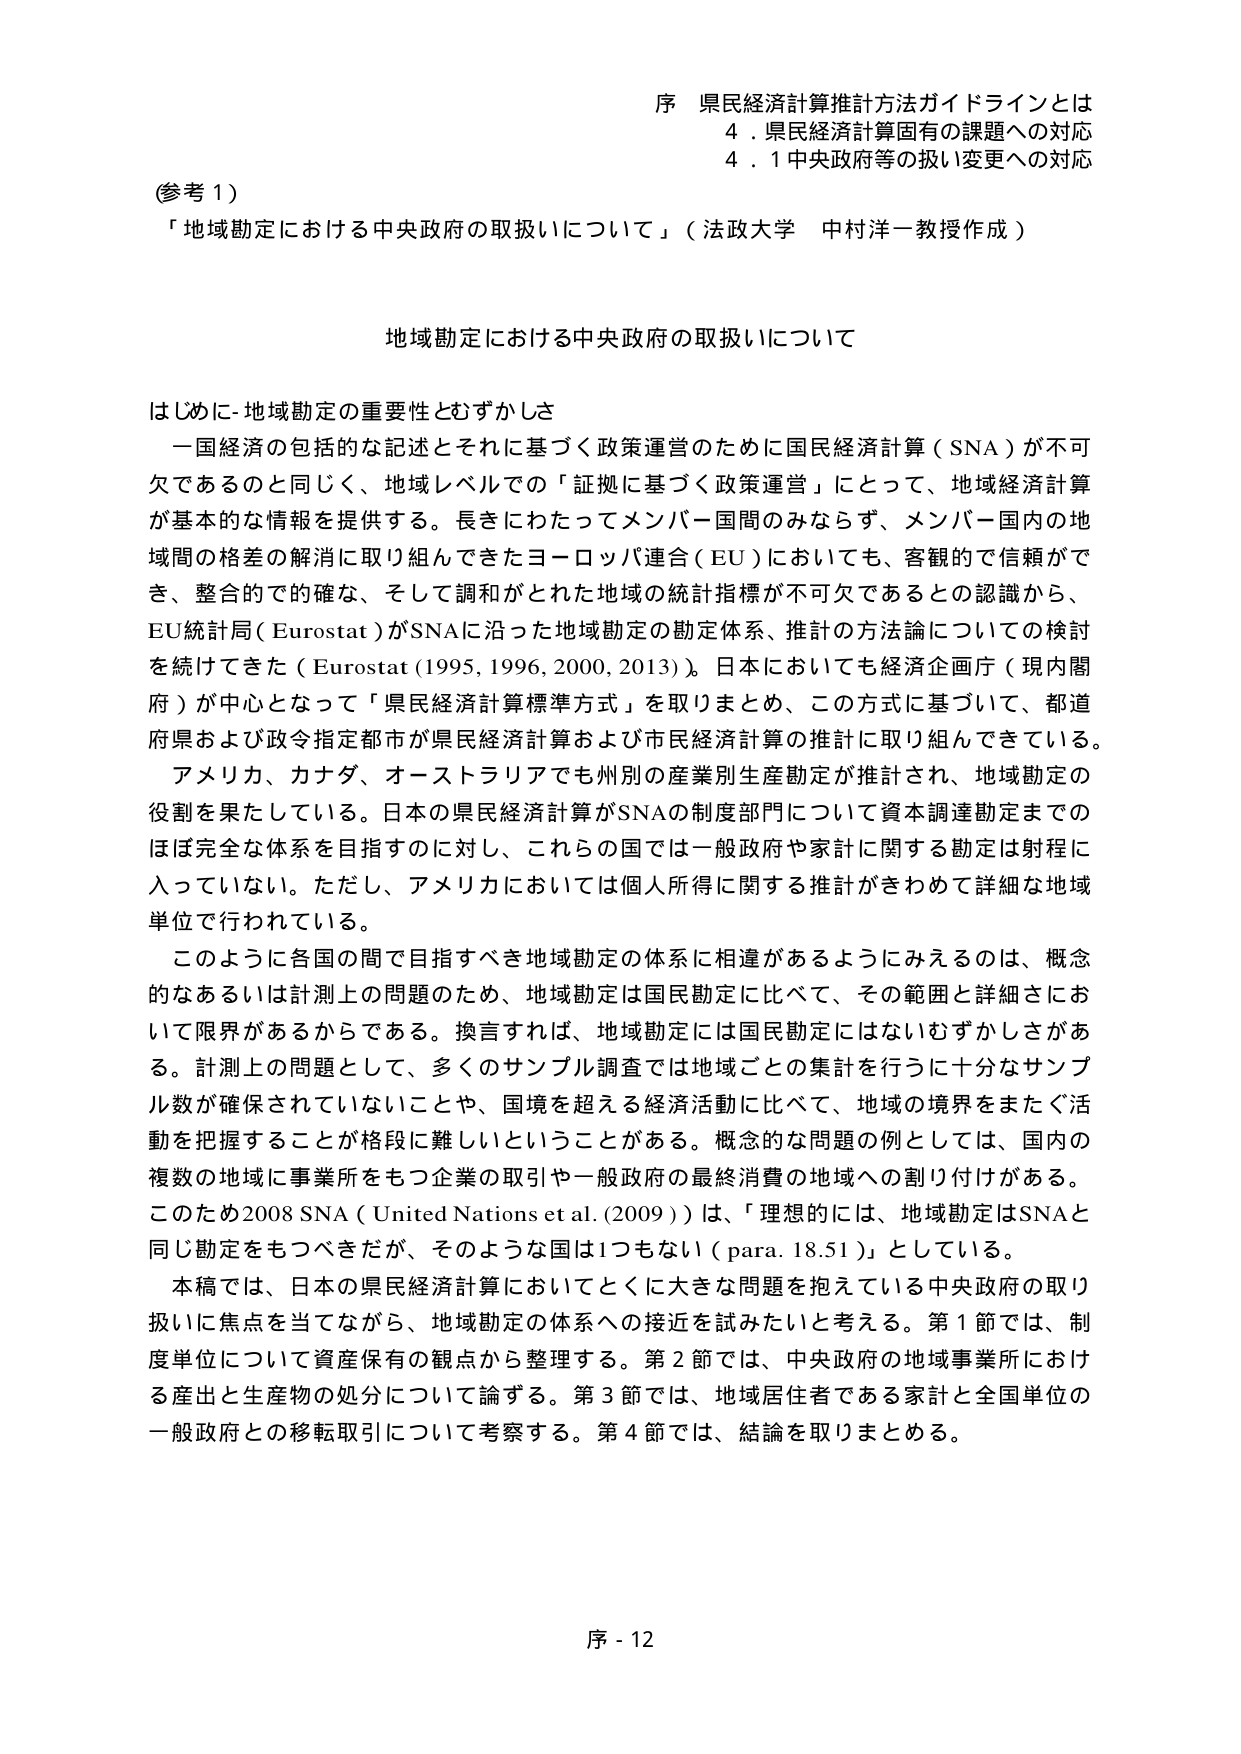
序 県民経済計算推計方法ガイドラインとは
4．県民経済計算固有の課題への対応
4．1 中央政府等の扱い変更への対応

(参考1)
「地域勘定における中央政府の取扱いについて」（法政大学 中村洋一教授作成）

地域勘定における中央政府の取扱いについて

はじめに-地域勘定の重要性とむずかしさ
一国経済の包括的な記述とそれに基づく政策運営のために国民経済計算（SNA）が不可欠であるのと同じく、地域レベルでの「証拠に基づく政策運営」にとって、地域経済計算が基本的な情報を提供する。長きにわたってメンバー国間のみならず、メンバー国内の地域間の格差の解消に取り組んできたヨーロッパ連合（EU）においても、客観的で信頼ができ、整合的で的確な、そして調和がとれた地域の統計指標が不可欠であるとの認識から、EU統計局（Eurostat）がSNAに沿った地域勘定の勘定体系、推計の方法論についての検討を続けてきた（Eurostat (1995, 1996, 2000, 2013)）。日本においても経済企画庁（現内閣府）が中心となって「県民経済計算標準方式」を取りまとめ、この方式に基づいて、都道府県および政令指定都市が県民経済計算および市民経済計算の推計に取り組んできている。
アメリカ、カナダ、オーストラリアでも州別の産業別生産勘定が推計され、地域勘定の役割を果たしている。日本の県民経済計算がSNAの制度部門について資本調達勘定までのはば完全な体系を目指すのに対し、これらの国では一般政府や家計に関する勘定は射程に入っていない。ただし、アメリカにおいては個人所得に関する推計がきわめて詳細な地域単位で行われている。
このように各国の間で目指すべき地域勘定の体系に相違があるようにみえるのは、概念的あるいは計測上の問題のため、地域勘定は国民勘定に比べて、その範囲と詳細さにおいて限界があるからである。換言すれば、地域勘定には国民勘定にはないむずかしさがある。計測上の問題として、多くのサンプル調査では地域ごとの集計を行うに十分なサンプル数が確保されていないことや、国境を超える経済活動に比べて、地域の境界をまたぐ活動を把握することが格段に難しいということがある。概念的な問題の例としては、国内の複数の地域に事業所をもつ企業の取引や一般政府の最終消費の地域への割り付けがある。このため2008 SNA（United Nations et al. (2009)）は、「理想的には、地域勘定はSNAと同じ勘定をもつべきだが、そのような国は1つもない（para. 18.51）」としている。
本稿では、日本の県民経済計算においてとくに大きな問題を抱えている中央政府の取り扱いに焦点を当てながら、地域勘定の体系への接近を試みたいと考える。第1節では、制度単位について資産保有の観点から整理する。第2節では、中央政府の地域事業所における産出と生産物の処分について論ずる。第3節では、地域居住者である家計と全国単位の一般政府との移転取引について考察する。第4節では、結論を取りまとめる。

序 - 12